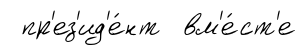
пр'ез'ид'е́нт вм'е́ст'е